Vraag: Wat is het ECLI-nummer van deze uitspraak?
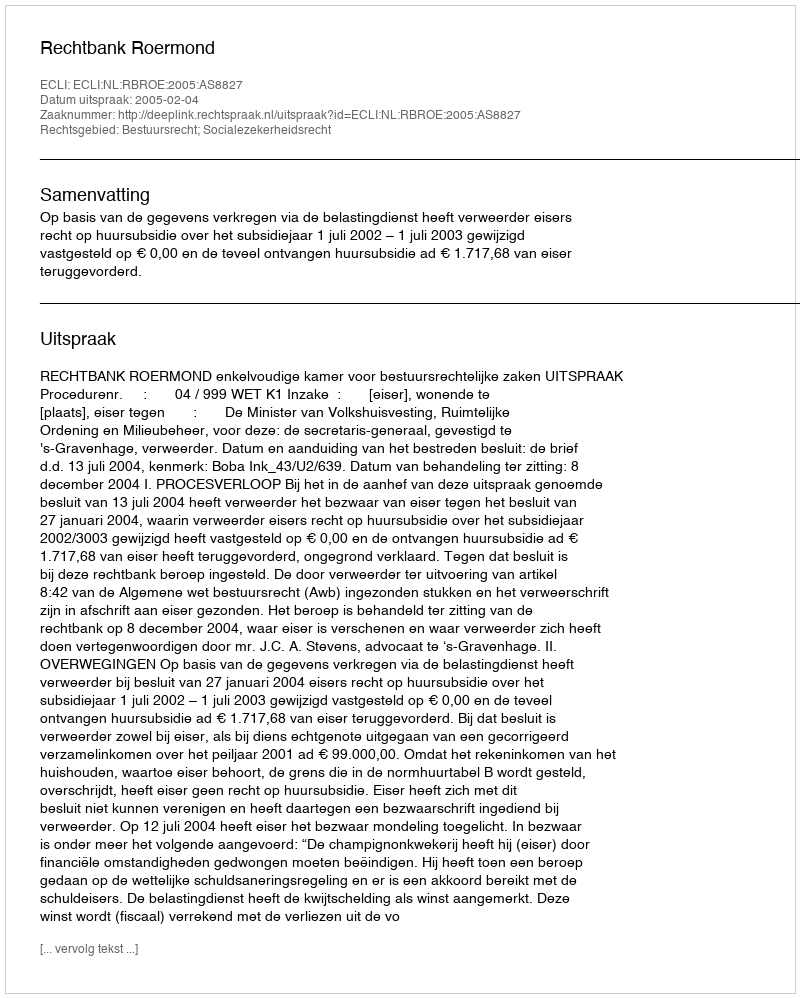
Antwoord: ECLI:NL:RBROE:2005:AS8827